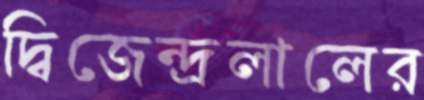
দ্বিজেন্দ্রলালের